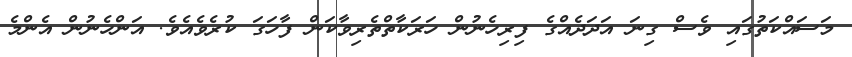
މަސައްކަތުގައި ވެސް ގިނަ އަދަދެއްގެ ފިރިހެނުން ހަރަކާތްތެރިވާކަން ފާހަގަ ކުރެވެއެވެ. އަންހެނުން އެންމެ